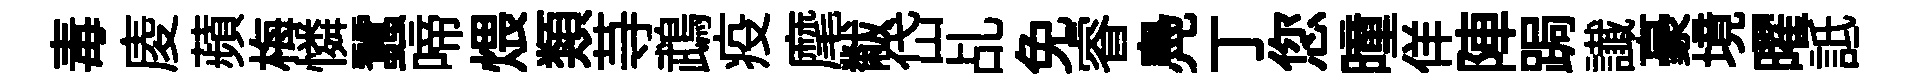
毒庱蘋梅憐蠶啼煨類䒭鵡疫麾黻岱乩免睿鳧丁您曈佯陣跼䜟豪境曜詆